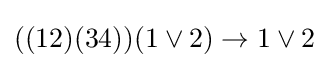
((12)(34))(1\lor 2)\to 1\lor 2